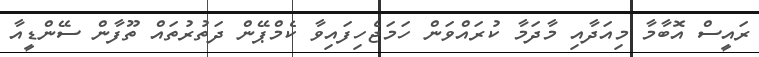
ރައީސް އޮބާމާ މިއަދާއި މާދަމާ ކުރައްވަން ހަމަޖެހިފައިވާ ކެމްޕޭން ދަތުރުތައް ތޫފާން ސޭންޑީއާ